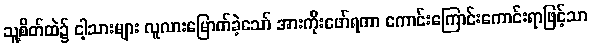
သူ့စိတ်ထဲ၌ ငါ့သားများ လူလားမြောက်ခဲ့သော် အားကိုးဖော်ရကာ ကောင်းကြောင်းကောင်းရာဖြင့်သာ